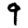
Digit: 9